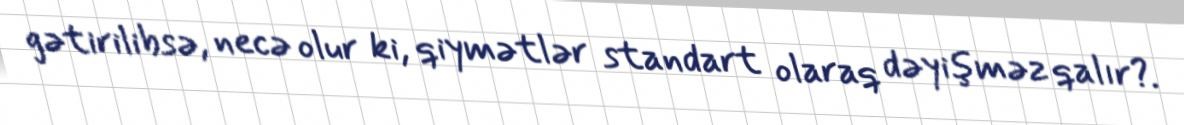
gətirilibsə, necə olur ki, qiymətlər standart olaraq dəyişməz qalır?.